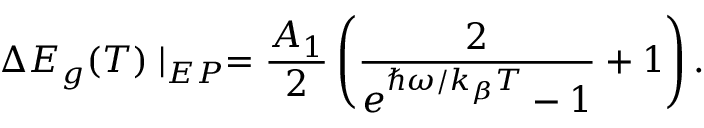
\Delta E _ { g } ( T ) \mid _ { E P } = \frac { A _ { 1 } } { 2 } \left( \frac { 2 } { e ^ { \hbar \omega / k _ { \beta } T } - 1 } + 1 \right) .